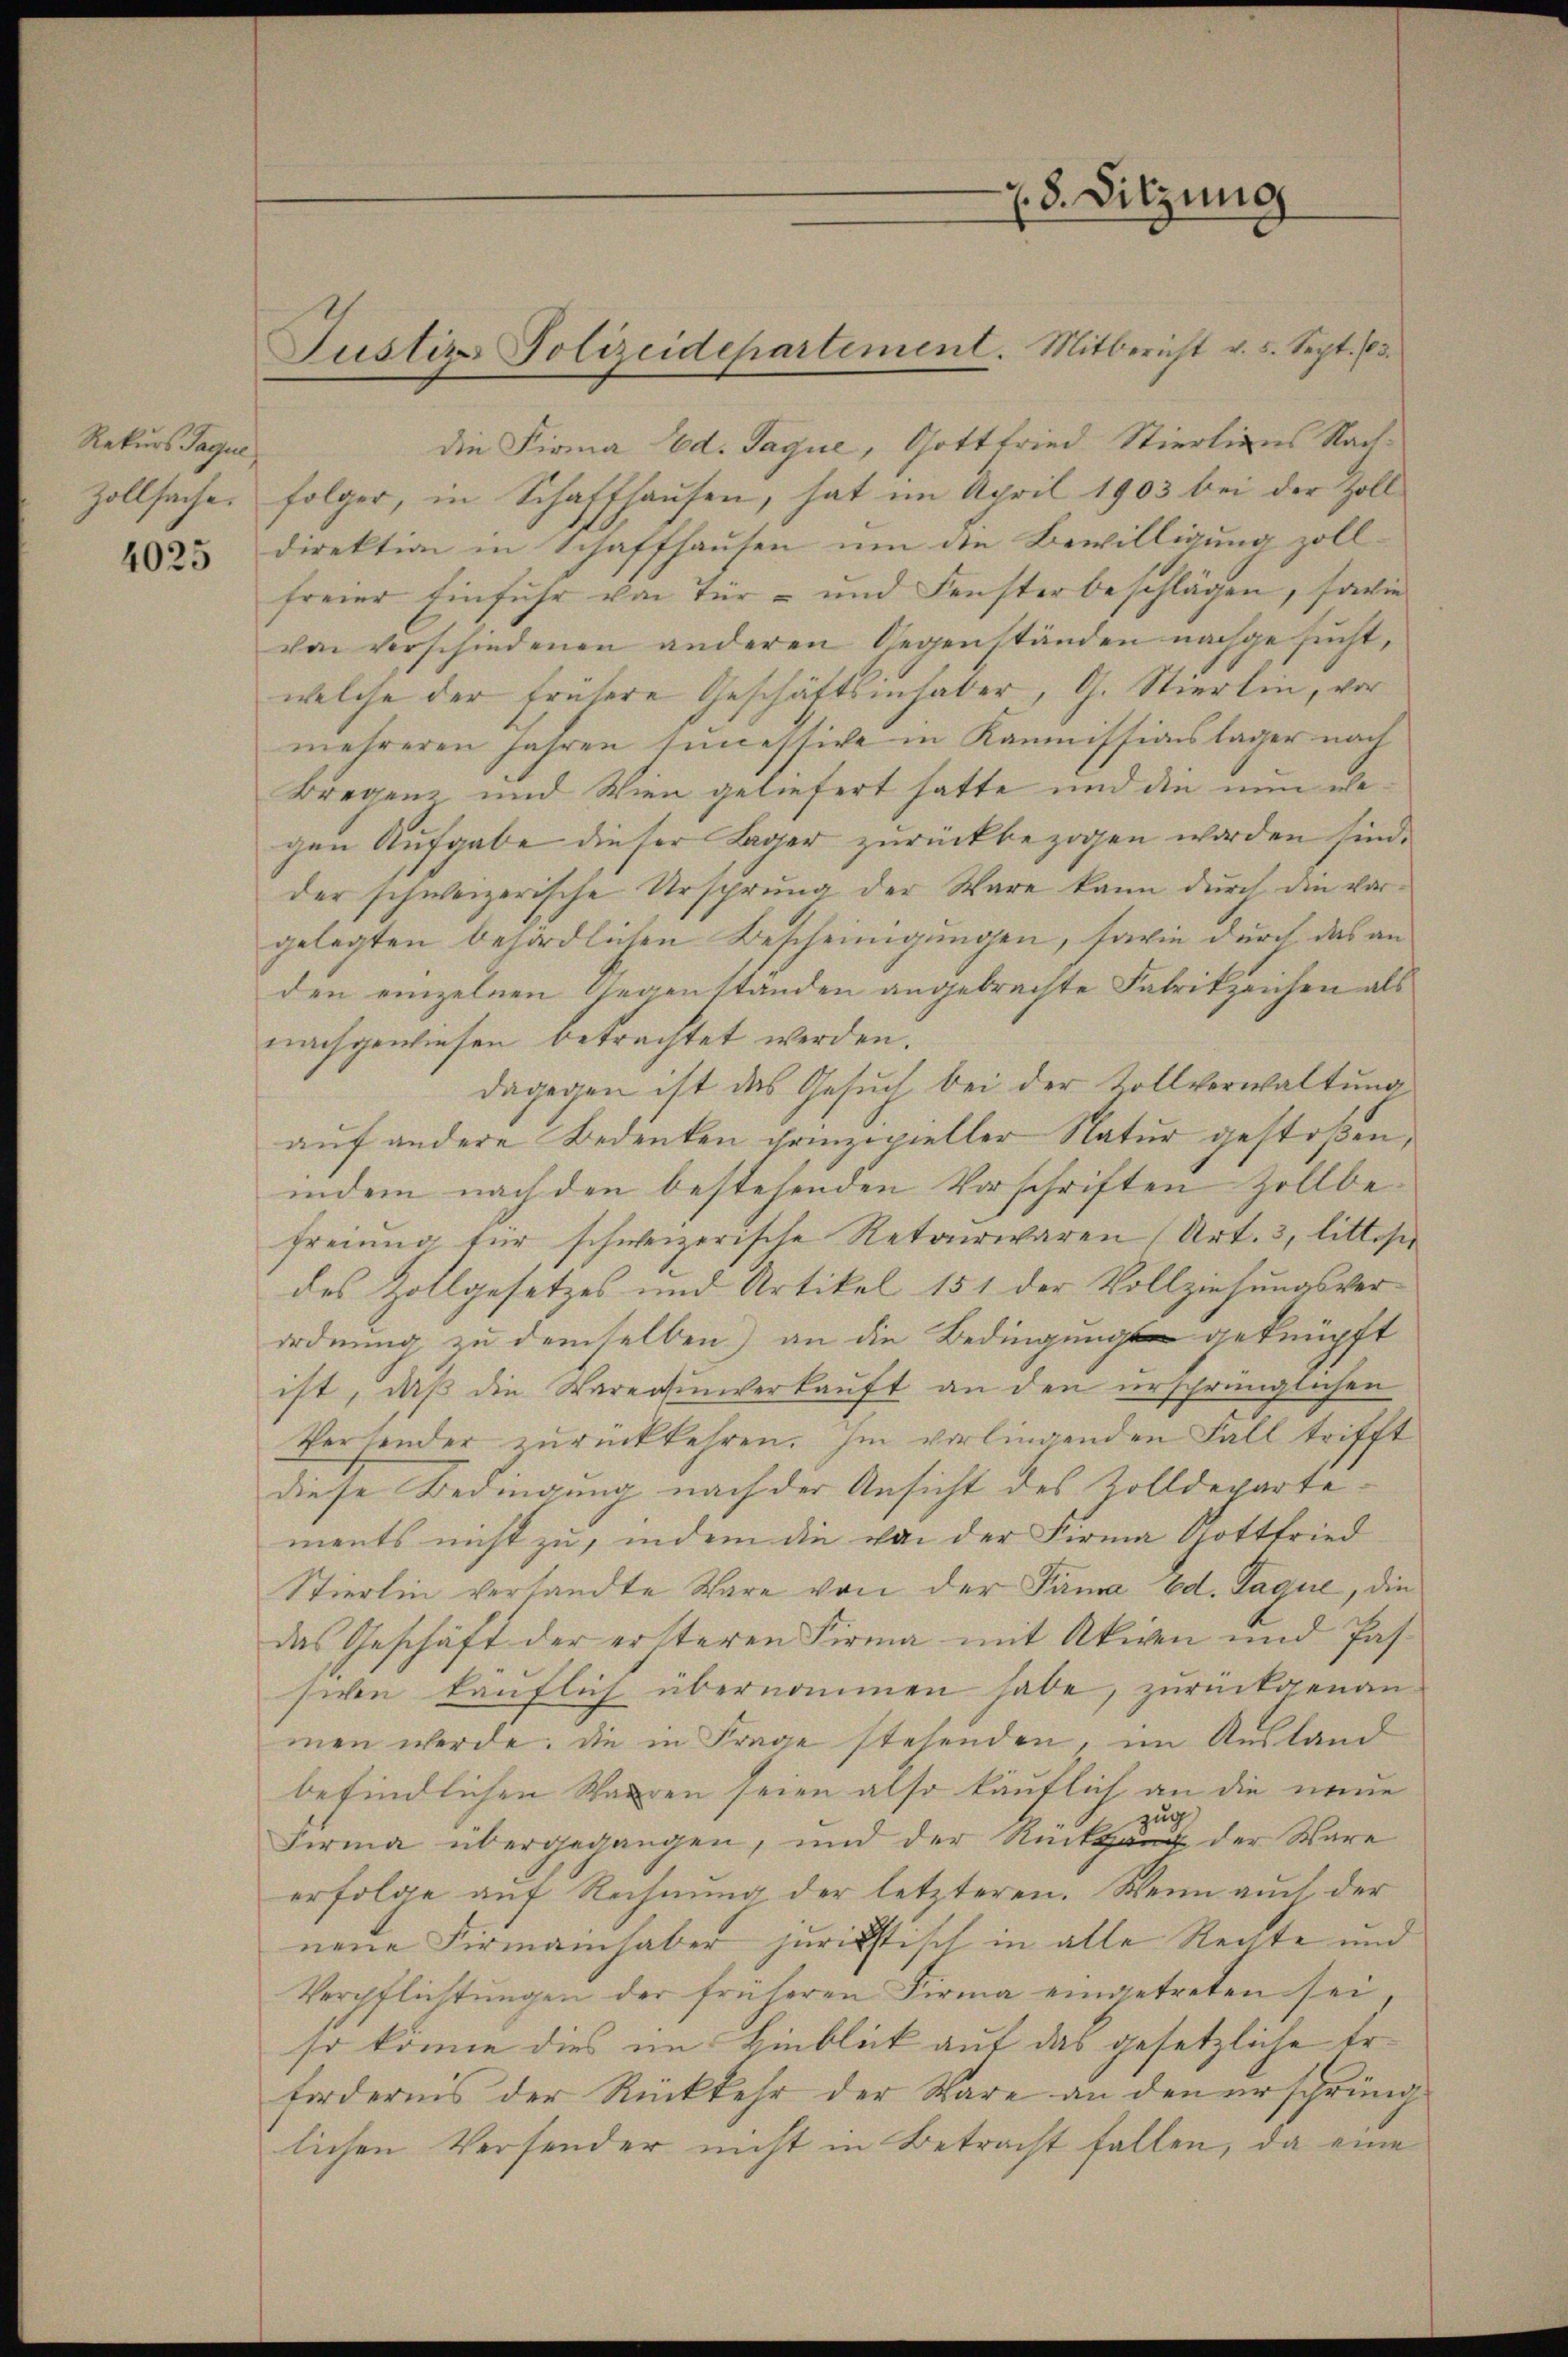
Rekurs Paque
Zollsache.

4025

die Firma Ed. Jaque, Gottfried Stiertiges Nachfolger, in Schaffhausen, hat im April 1903 bei der Zoll
direktion in Schaffhausen um die Bewilligung zoll-
freier Einfuhr von Tür- und Fenster beschlägen, sowie
von verschiedenen anderen Gegenständen nachgesucht,
welche der frühere Geschäftsinhaber, G. Stierlin, vor
mehreren Jahren sincestive in Kommissionslager nach
Bregen und Wien geliefert hatte und die nun wegen Aufgabe dieser Lager zurückbezogen worden sind.
der schweizerische Ursprung der Ware kann durch die vorgelegten behördlichen Bescheinigungen, sowie durch das an
den einzelnen Gegenständen angebrachte Fabrikzeichen als
nachgewiesen betrachtet werden.
dagegen ist das Gesuch bei der Zollverwaltung
auf andere Bedenken prinzipieller Natur gestoßen,
indem nach den bestehenden Vorschriften Zollbefreiung für schweizerische Retorwaren (Art. 3, littest
des Zollgesetzes und Artikel 151 der Vollziehungsverordnung zu demselben) an die Bedingung geknüpft
ist, daß die Waren unverkauft an den ursprünglichen
thersender zurückkehren. Im vorliegenden Fall trifft
diese Bedingung nach der Ansicht des Zolldepartements nicht zu, indem die von der Firma Gottfried
Stierlin versandte Ware von der Fama Ed. Sague, die
das Geschäft der ersteren Firma mit Akiven und Pas-
sichen käuflich übernommen habe, zurückgenann-
men werde. Die in Frage stehenden, im Ausland
befindlichen Waaren seien also käuflich an die neue
zug
Firma übergegangen, und der Rückan der Ware
erfolge auf Rechnung der letzteren. Wenn auch der
neue Firmainhaber juristisch in alle Rechte und
Verpflichtŭngen der früheren Firma eingetreten sei,
so könne dies im Einblick auf das gesetzliche Erfordernis der Rückkehr der Ware an den ersprüng
lichen Versender nicht in Betracht fallen, da eine

Justiz Polizeidepartement. Mitbericht v. 5. Sept. 13.

. 8. Sitzung